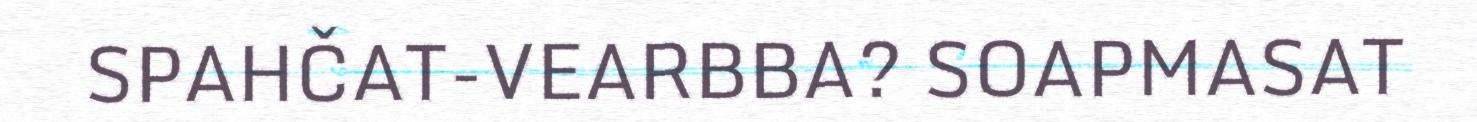
SPAHČAT-VEARBBA? SOAPMASAT